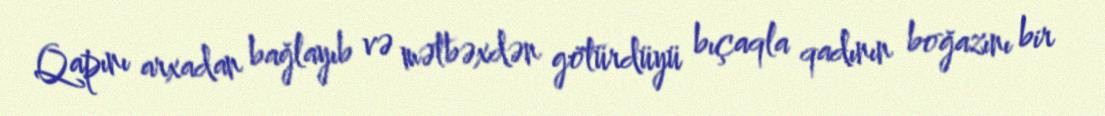
Qapını arxadan bağlayıb və mətbəxdən götürdüyü bıçaqla qadının boğazını bir